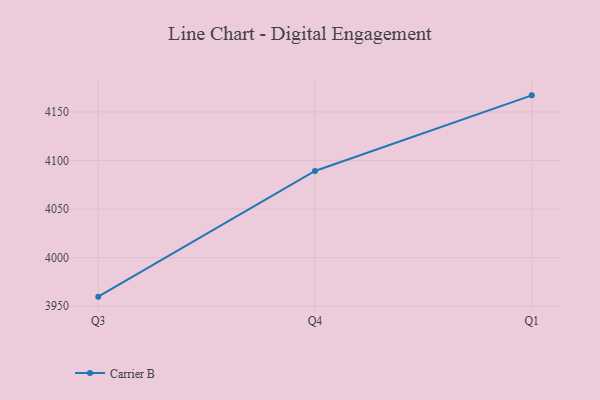
{"axis": {"x": "Quarter", "y": "Conversion Rate (%)"}, "legend": ["Carrier B"], "data": [{"x": "Q3", "y": 3959.7, "type": "Carrier B"}, {"x": "Q4", "y": 4089.2, "type": "Carrier B"}, {"x": "Q1", "y": 4167.1, "type": "Carrier B"}]}